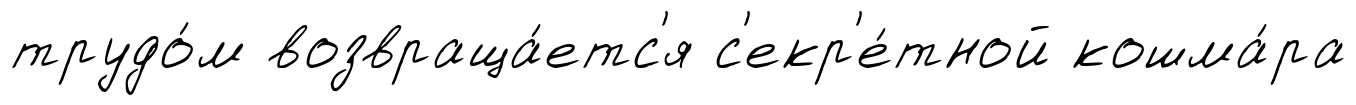
трудо́м возвраща́етс'я с'екр'е́тной кошма́ра